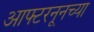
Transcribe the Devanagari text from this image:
आफ्टरनूनच्या